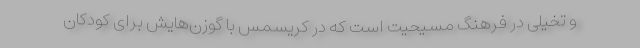
و تخیلی در فرهنگ مسیحیت است که در کریسمس با گوزن‌هایش برای کودکان